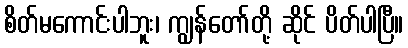
စိတ်မကောင်းပါဘူး၊ ကျွန်တော်တို့ ဆိုင် ပိတ်ပါပြီ။